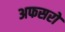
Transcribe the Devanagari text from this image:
अफसरो